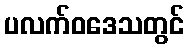
ပလက်ဝဒေသတွင်